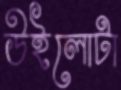
উইলোটা